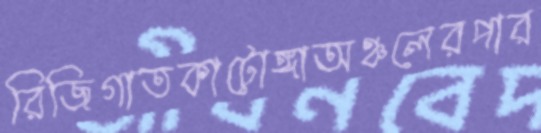
রিজিগাতকাটোঙ্গাঅঞ্চলেরপার